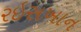
રઇસખાન